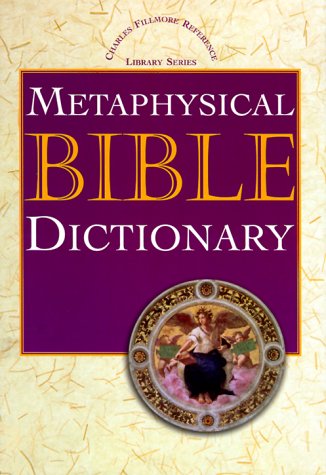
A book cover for Metaphysical Bible Dictionary (Charles Fillmore Reference Library); Charles Fillmore; Religion & Spirituality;